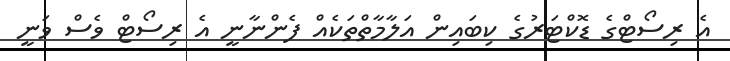
އެ ރިސޯޓްގެ ޑޮކްޓަރުގެ ކިބައިން އަލާމާތްތަކެއް ފެންނާނީ އެ ރިސޯޓް ވެސް ވަނީ